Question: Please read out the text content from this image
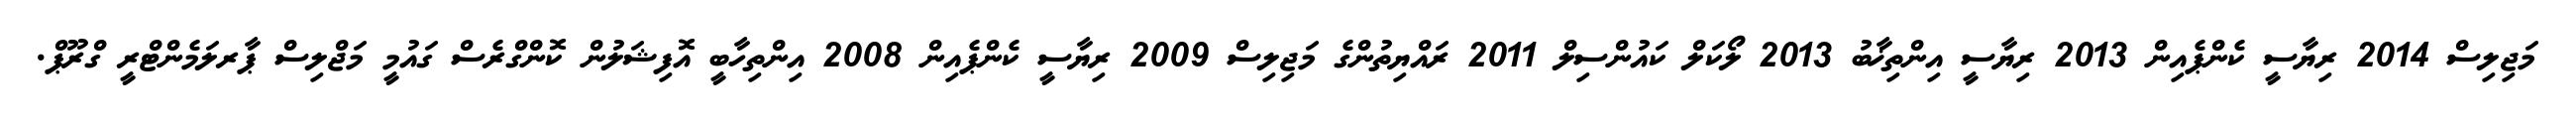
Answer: މަޖިލިސް 2014 ރިޔާސީ ކެންޕެއިން 2013 ރިޔާސީ އިންތިޚާބު 2013 ލޯކަލް ކައުންސިލް 2011 ރައްޔިތުންގެ މަޖިލިސް 2009 ރިޔާސީ ކެންޕެއިން 2008 އިންތިހާބީ އޮފިޝަލުން ކޮންގްރެސް ގައުމީ މަޖްލިސް ޕާރލަމެންޓްރީ ގްރޫޕް.